Vaccination in Bombay 1869-1873 - 1869-1873
Year: 1869
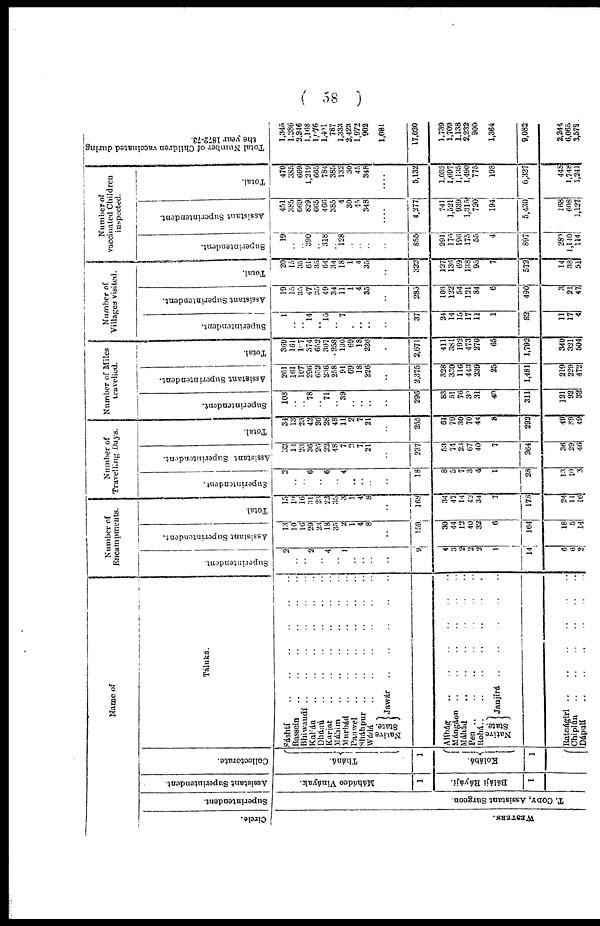
( 58 )
Name of
Circle.
WESTERN.
Superintendent.
T. CODY, Assistant Surgeon.
Assistant Superintendent.
Máhádeo Vináyak.
1
Bálájí Ráyájí.
1
Collectorate.
Tháná.
1
Kolábá.
1
Táluká.
Sáshtí
..
..
..
..
..
..
Bassein
..
..
..
..
..
Bhiwandí
..
..
..
..
..
Kalíán
..
..
..
..
..
Dhánú
..
..
..
..
Kurjat
..
..
..
..
Máhim
..
..
..
..
Murbád
..
..
..
..
..
Panwel
..
..
..
..
..
Sháhpur
..
..
..
..
..
Wádá
..
..
..
..
Native
State.
Jawár
..
..
..
..
..
Alíbág
..
..
..
..
..
Mángáon
..
..
..
..
Máhád
..
..
..
..
..
Pen
..
..
..
..
..
Rohá
..
..
..
..
..
Native
State.
Janjírá
..
..
..
..
Ratnágiri
..
..
..
..
..
Chiplûn
..
..
..
..
..
Dápulí
..
..
..
..
..
Number of
Encampments.
Superintendent.
2
..
..
2
..
4
..
1
..
..
..
..
9
4
3
2
2
2
1
14
6
6
2
Assistant Superintendent.
13
10
16
29
23
18
35 2
1
4
8
..
159
30
44 12
40
32
6
164
18
5
14
Total.
15
10
16
31 23
22
35
3
1
4
8
..
168
34
47
14
42
34
7
178
24
11
16
Number of
Travelling Days.
Superintendent.
2
..
..
6
..
6
..
4
..
..
..
..
18
8
5
7
3
4
1
28
13
10
3
Assistant Superintendent.
32
13
23
36
26
22
48
7
2
7
21
..
237
53
74
23
67
40
7
264
36
29
46
Total.
34
13
23
42
26
28
48
11
2
7
21
..
255
61
79
30
70
44
8
292
49
39
49
Number of Miles
travelled.
Superintendent.
108
..
..
78
..
71
..
39
..
..
..
..
296
83
51
76
30
31
40
311
121
92
32
Assistant Superintendent.
261
161
107
296
652
236
258
91
69
18
226
..
2,375
328
330
116
443
239
25
1,481
219
229
472
Total.
369
161
107
374
652
307
258
130
69
18
226
..
2,671
411
381
192
473
270
65
1,792
340
321
504
Number of
Villages visited.
Superintendent.
1
..
..
14
..
15
..
7
..
..
..
..
37
24
14
15
17
11
1
82
11
17
4
Assistant Superintendent.
19
15
35
47
35
49
34
11
1
4
35
..
285
103
122
54
121
84
6
490
3
21
47
Total.
20
15
35
61
35
64
34
18
1
4
35
..
322
127
136
69
138
95
7
572
14
38
51
Number of
vaccinated Children
inspected.
Superintendent.
19
..
..
390
..
318
..
128
..
..
..
..
855
291
176
196
175
55
4
897
280
1,140
114
Assistant Superintendent.
451
385
669
829
665
466
385
4
30
45
348
..
4,277
741
1,521
939
1,315
720
194
5,430
168
608
1,127
Total.
470
385
669
1,219
665
784
385
132
30
45
348
..
5,132
1,032
1,697
1,135
1,490
775
198
6,327
448
1,748
1,241
Total Number of Children vaccinated during
the year 1872-73.
1,345
1,286
2,246
1,168
1,076
1,401
787
1,333
2,423
1,972
902
1,081
17,020
1,739
1,709
1,138
2,232
900
1,364
9,082
2,244
6,065
3,573